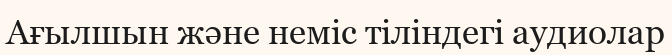
Ағылшын және неміс тіліндегі аудиолар